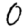
Digit: 0